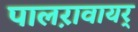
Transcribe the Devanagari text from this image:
पालऱावायर्